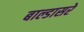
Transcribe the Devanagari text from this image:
बाल्डासरे